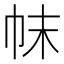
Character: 帓